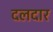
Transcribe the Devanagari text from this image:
दलदार